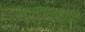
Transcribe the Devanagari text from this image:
विमानयात्रादि